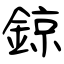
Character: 鍄